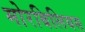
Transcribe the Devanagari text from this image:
मोरबिलियस